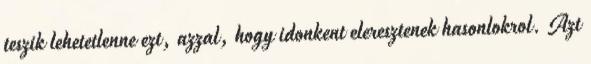
teszik lehetetlenne ezt, azzal, hogy idonkent eleresztenek hasonlokrol. Azt